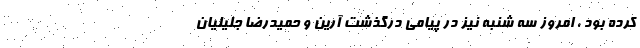
کرده بود ، امروز سه شنبه نیز در پیامی درگذشت آرین و حمیدرضا جلیلیان